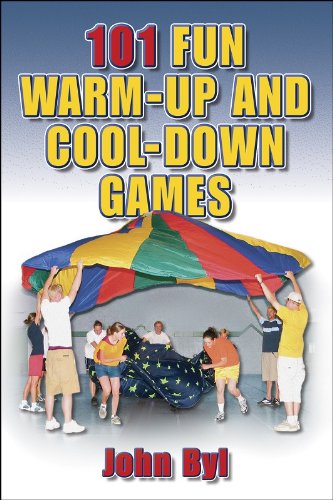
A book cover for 101 Fun Warm-Up and Cool-Down Games; John Byl; Health, Fitness & Dieting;